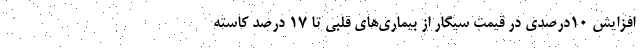
افزایش ۱۰درصدی در قیمت سیگار از بیماری‌های قلبی تا ۱۷ درصد کاسته